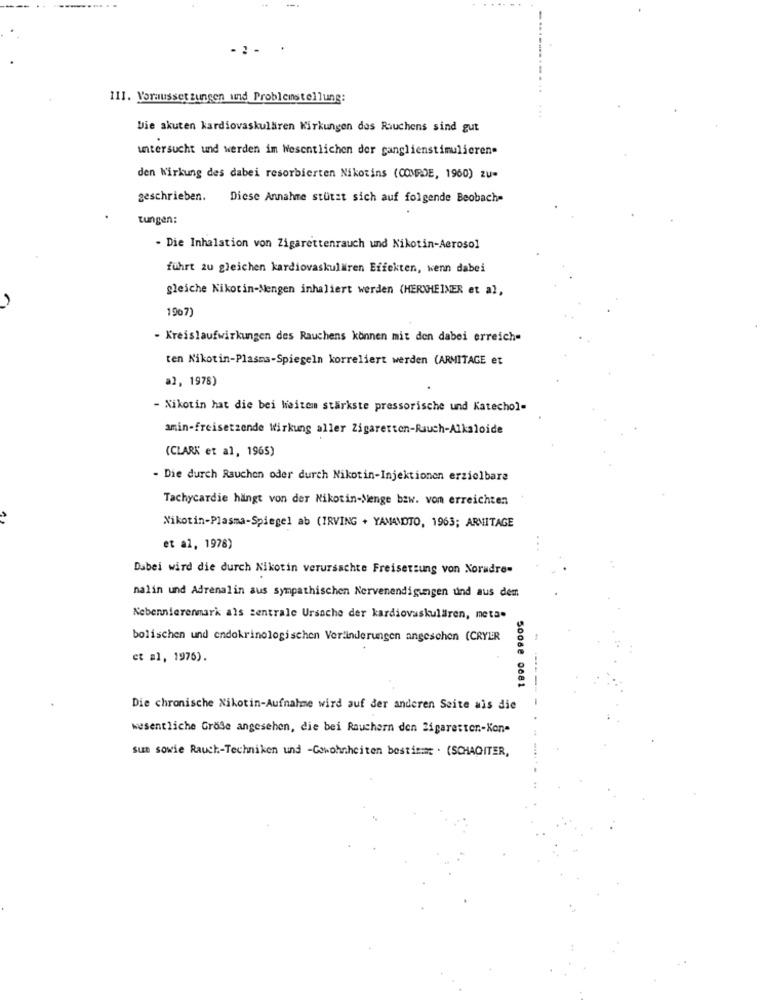
111. Voraussetzungen und Problemstellung:
Die akuten kardiovaskulären Wirkungen des Rauchens sind gut
untersucht und werden im Wesentlichen der ganglienstimulieren-
den Wirkung des dabei resorbierten Nikotins (COMRDE, 1960) zu-
geschrieben.
Diese Annahre stützt sich auf folgende Beobach=
tungen:
. Die Inhalation von Zigarettenrauch und Nikotin-Aerosol
führt zu gleichen kardiovaskulären Effekten, wenn dabei
gleiche Nikotin-Mengen inhaliert werden (HER\HEINER et al,
1907)
- Kreislaufwirkungen des Rauchens können mit den dabei erreich-
ten Nikotin-Plasma-Spiegeln korreliert werden (ARMITAGE et
al, 1978)
- Nikotin hat die bei Weitem stärkste pressorische und Katechol-
amin-freisetzende Wirkung aller Zigaretten-Rauch-Alkaloide
(CLARK et al, 1965)
- Die durch Rauchen oder durch Nikotin-Injektionen erzielbare
Tachycardie hängt von der Nikotin-Menge bzw. von erreichten
Nikotin-Plasma-Spiegel ab (IRVING + YAMAMOTO, 1963; ARMITAGE
et al, 1978)
Dabei wird die durch Nikotin verursachte Freisetzung von Noradre-
nalin und Adrenalin aus sympathischen Nervenendigungen und aus dem
Nebennierenmark als centrale Ursache der kardiovaskulären, meta.
bolischen und endokrinologischen Veränderungen angesehen (CRYER
et al, 1976).
5008e 0681
Die chronische Nikotin-Aufnahme wird auf der anderen Seite ais die
wesentliche Grose angesehen, die bei Rauchern den Zigaretten .- Kon-
sum sowie Rauch-Techniken und -Gewohnheiten bestimmt . (SCHACITER,